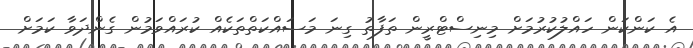
އެ ކަންކަން ހައްލުކުރުމަށް މިނިސްޓްރީން ތަފާތު ގިނަ މަސައްކަތްތަކެއް ކުރައްވަމުން ގެންދަވާ ކަމަށް